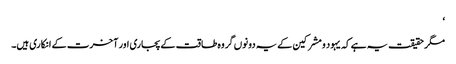
‘
مگر حقیقت یہ ہے کہ یہود و مشرکین کے یہ دونوں گروہ طاقت کے پجاری اور آخرت کے انکاری ہیں۔